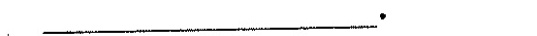
_____。